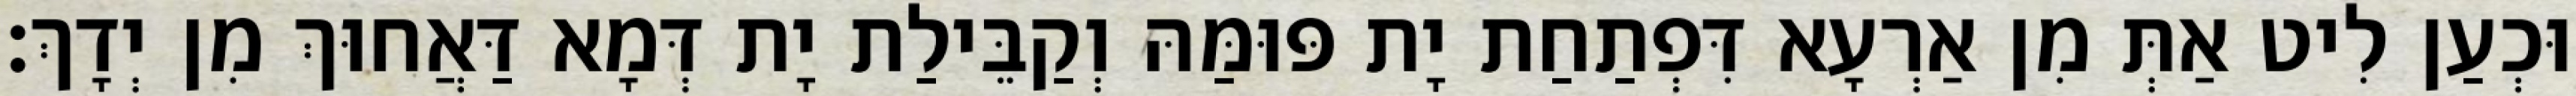
וּכְעַן לִיט אַתְּ מִן אַרְעָא דִּפְתַחַת יָת פּוּמַּהּ וְקַבֵּילַת יָת דְּמָא דַּאֲחוּךְ מִן יְדָךְ׃